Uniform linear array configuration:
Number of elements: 16
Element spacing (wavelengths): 0.25
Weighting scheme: hann
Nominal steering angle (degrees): -60
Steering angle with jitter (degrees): -58.466
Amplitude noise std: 0.05
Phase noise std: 0.05

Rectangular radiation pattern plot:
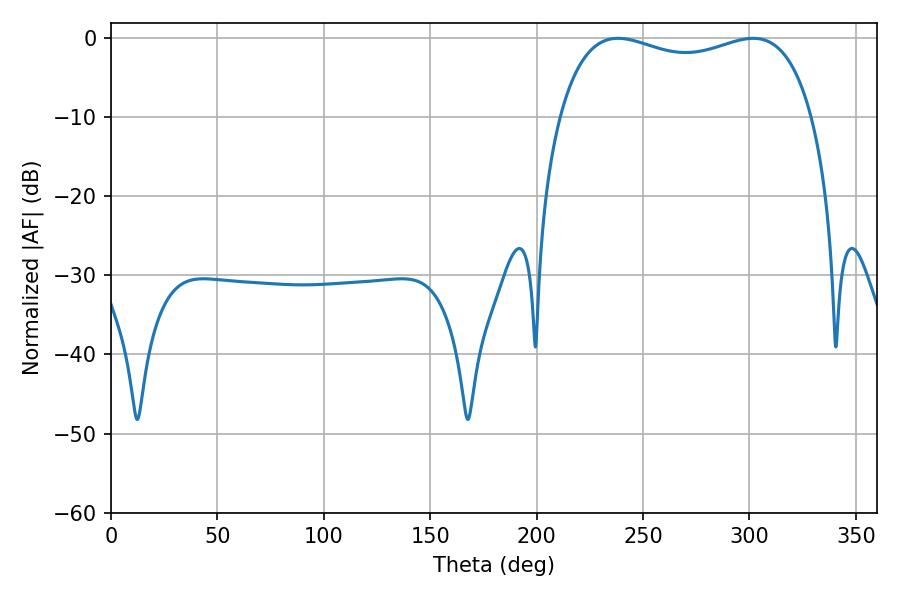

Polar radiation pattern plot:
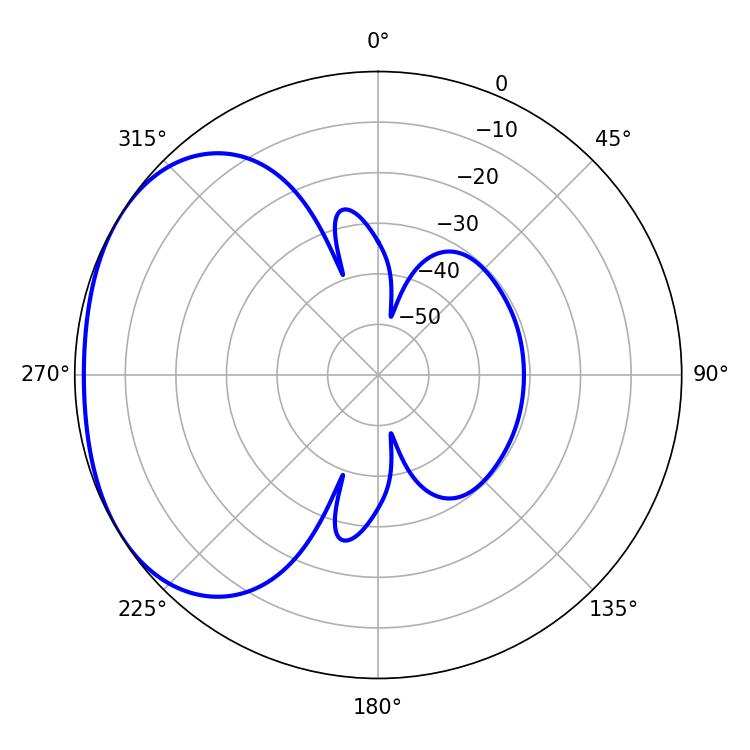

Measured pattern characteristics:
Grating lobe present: FALSE
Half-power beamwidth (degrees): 97.56
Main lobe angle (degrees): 238.14